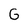
Character: G